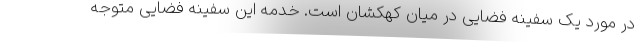
در مورد یک سفینه فضایی در میان کهکشان است. خدمه این سفینه فضایی متوجه